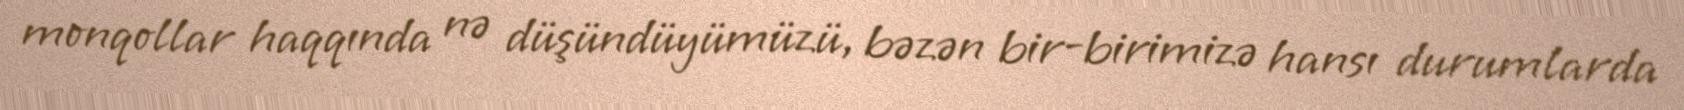
monqollar haqqında nə düşündüyümüzü, bəzən bir-birimizə hansı durumlarda